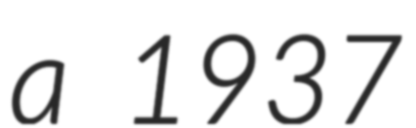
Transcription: a 1937